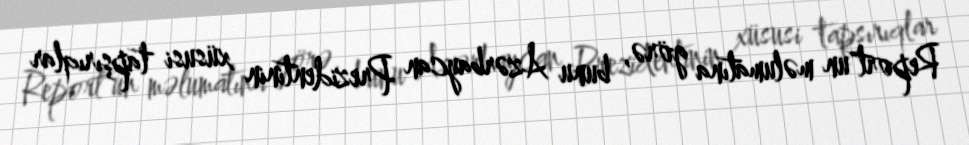
Report"un məlumatına görə, bunu Azərbaycan Prezidentinin xüsusi tapşırıqlar